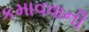
કમાવવાની